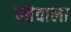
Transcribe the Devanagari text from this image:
पत्तेवाला